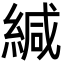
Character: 緘